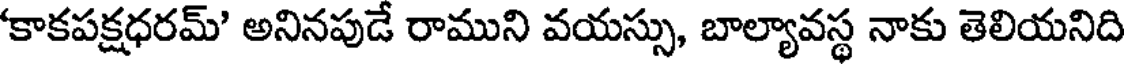
'కాకపక్షధరమ్' అనినపుడే రాముని వయస్సు, బాల్యావస్థ నాకు తెలియనిది